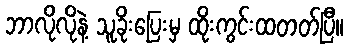
ဘာလိုလိုနဲ့ သူခိုးပြေးမှ ထိုးကွင်းထတတ်ပြီ။